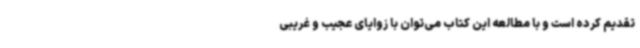
تقدیم کرده است و با مطالعه این کتاب می‌توان با زوایای عجیب و غریبی